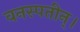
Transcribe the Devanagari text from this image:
वनस्पतीन्।